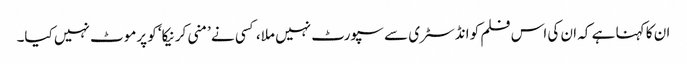
ان کا کہنا ہے کہ ان کی اس فلم کو انڈسٹری سے سپورٹ نہیں ملا، کسی نے ’منی کرنیکا‘ کو پرموٹ نہیں کیا۔